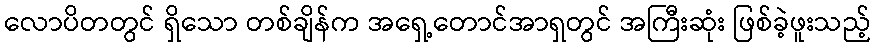
လောပိတတွင် ရှိသော တစ်ချိန်က အရှေ့တောင်အာရှတွင် အကြီးဆုံး ဖြစ်ခဲ့ဖူးသည့်